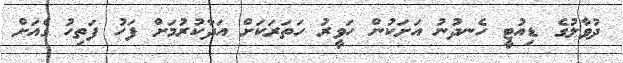
ދުވާލުގެ ޑިއުޓީ ހެނދުނު އަށަކުން ހަވީރު ހަތަރަކަށް އަދާކުރުމަށް ފަހު ފަތިހު ގެއަށް